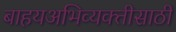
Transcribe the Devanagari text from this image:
बाहयअभिव्यक्‍तीसाठी